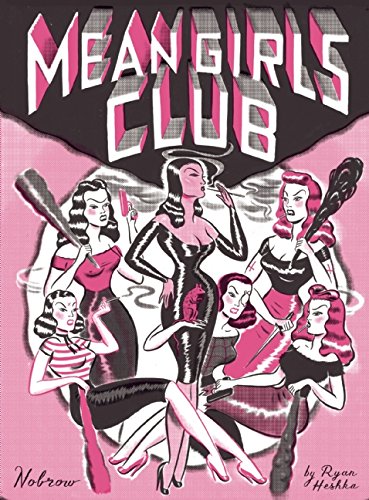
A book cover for Mean Girls Club (Nobrow 17x23); Comics & Graphic Novels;